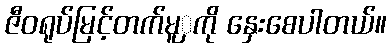
ဇီဝရုပ်မြင့်တက်မူှကို နှေးစေပါတယ်။